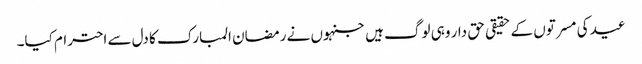
عید کی مسرتوں کے حقیقی حق دار وہی لوگ ہیں جنہوں نے رمضان المبارک کا دل سے احترام کیا۔